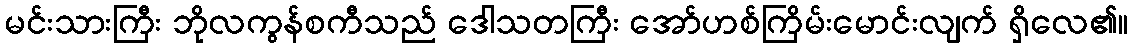
မင်းသားကြီး ဘိုလကွန်စကီသည် ဒေါသတကြီး အော်ဟစ်ကြိမ်းမောင်းလျက် ရှိလေ၏။